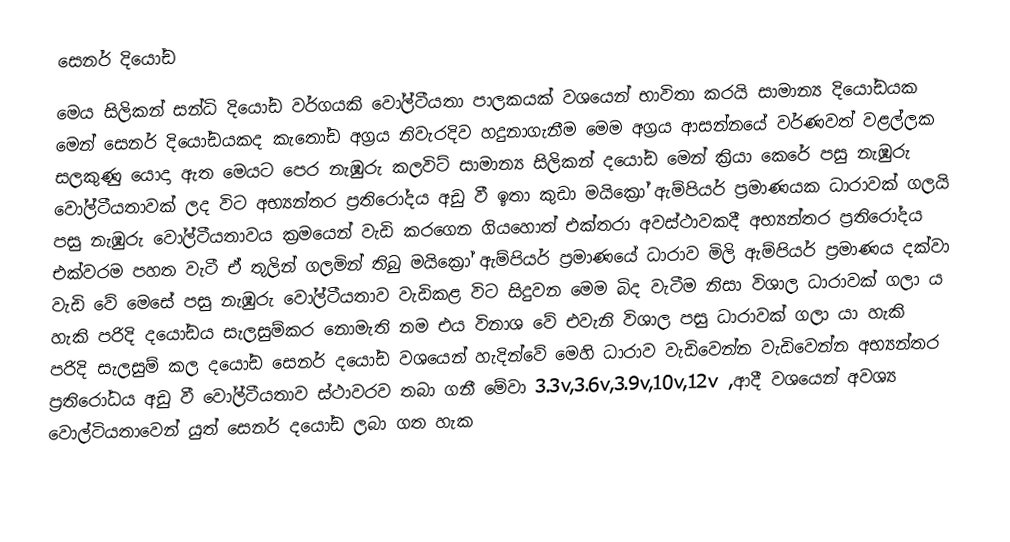
සෙනර් දියෝඩ
මෙය සිලිකන් සන්ධි දියෝඩ වර්ගයකි වෝල්ටීයතා පාලකයක් වශයෙන් භාවිතා කරයි සාමාන්‍ය දියෝඩයක මෙන් සෙනර් දියෝඩයකද කැතෝඩ අග්‍රය නිවැරදිව හදුනාගැනීම මෙම අග්‍රය ආසන්නයේ වර්ණවත් වළල්ලක සලකුණු  යොදා ඇත මෙයට පෙර නැඹුරු කලවිට් සාමාන්‍ය සිලිකන් දයෝඩ මෙන් ක්‍රියා කෙරේ පසු නැඹුරු වෝල්ටීයතාවක් ලද විට අභ්‍යන්තර ප්‍රතිරෝදය අඩු වී ඉතා කුඩා මයික්‍රෝ ඇම්පියර් ප්‍රමාණයක ධාරාවක් ගලයි පසු නැඹුරු වෝල්ටීයතාවය ක්‍රමයෙන් වැඩි කරගෙන ගියහොත් එක්තරා අවස්ථාවකදී අභ්‍යන්තර ප්‍රතිරෝදය එක්වරම පහත වැටී ඒ තුලින් ගලමින් තිබු මයික්‍රෝ ඇම්පියර් ප්‍රමාණයේ ධාරාව මිලි ඇම්පියර් ප්‍රමාණය දක්වා වැඩි වේ මෙසේ පසු නැඹුරු වෝල්ටීයතාව වැඩිකළ විට සිදුවන මෙම බිද වැටීම නිසා විශාල ධාරාවක් ගලා ය හැකි පරිදි දයෝඩය සැලසුම්කර නොමැති නම එය විනාශ වේ එවැනි විශාල පසු ධාරාවක් ගලා  යා හැකි පරිදි සැලසුම් කල දයෝඩ සෙනර් දයෝඩ වශයෙන් හැදින්වේ මෙහි ධාරාව වැඩිවෙන්න වැඩිවෙන්න අභ්‍යන්තර ප්‍රතිරෝධය අඩු වී වෝල්ටීයතාව ස්ථාවරව තබා ගනී මේවා 3.3v,3.6v,3.9v,10v,12v ,ආදී වශයෙන් අවශ්‍ය වොල්ටියතාවෙන් යුත් සෙනර් දයෝඩ ලබා ගත හැක